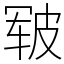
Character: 皲